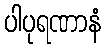
ပါပုရဏာနံ